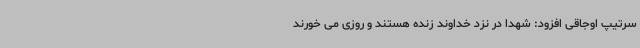
سرتیپ اوجاقی افزود: شهدا در نزد خداوند زنده هستند و روزی می خورند